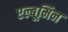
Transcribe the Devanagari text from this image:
एल्बूमिन